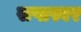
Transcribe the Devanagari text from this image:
सप्तस्वर